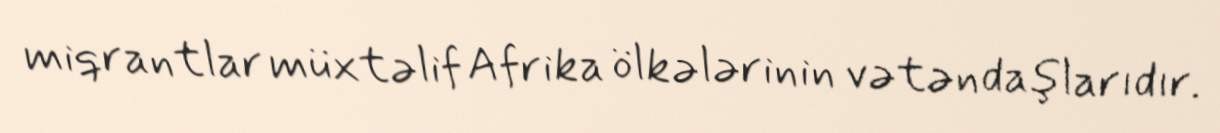
miqrantlar müxtəlif Afrika ölkələrinin vətəndaşlarıdır.